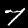
Label: 7